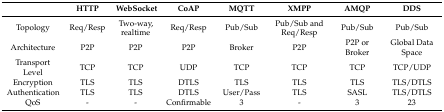
|  | HTTP | WebSocket | CoAP | MQTT | XMPP | AMQP | DDS |
 | --- | --- | --- | --- | --- | --- | --- | --- |
 | Topology | Req/Resp | Two-way, realtime | Req/Resp | Pub/Sub | Pub/Sub and Req/Resp | Pub/Sub | Pub/Sub |
 | Architecture | P2P | P2P | P2P | Broker | P2P | P2P or Broker | Global Data Space |
 | Transport Level | TCP | TCP | UDP | TCP | TCP | TCP | TCP/UDP |
 | Encryption | TLS | TLS | DTLS | TLS | TLS | TLS | TLS/DTLS |
 | Authentication | TLS | TLS | DTLS | User/Pass | TLS | SASL | TLS/DTLS |
 | QoS | - | - | Confirmable | 3 | - | 3 | 23 |